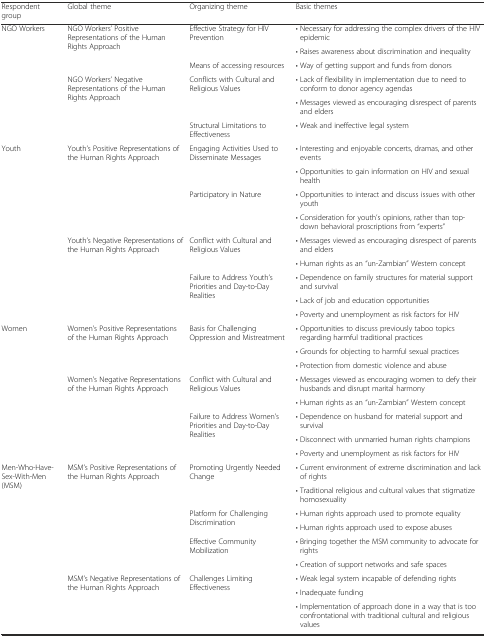
<table><thead><tr><td><b>Respondent group</b></td><td><b>Global theme</b></td><td><b>Organizing theme</b></td><td><b>Basic themes</b></td></tr></thead><tbody><tr><td rowspan="6">NGO Workers</td><td rowspan="3">NGO Workers’ Positive Representations of the Human Rights Approach</td><td rowspan="2">Effective Strategy for HIV Prevention</td><td>• Necessary for addressing the complex drivers of the HIV epidemic</td></tr><tr><td>• Raises awareness about discrimination and inequality</td></tr><tr><td>Means of accessing resources</td><td>• Way of getting support and funds from donors</td></tr><tr><td rowspan="3">NGO Workers’ Negative Representations of the Human Rights Approach</td><td rowspan="2">Conflicts with Cultural and Religious Values</td><td>• Lack of flexibility in implementation due to need to conform to donor agency agendas</td></tr><tr><td>• Messages viewed as encouraging disrespect of parents and elders</td></tr><tr><td>Structural Limitations to Effectiveness</td><td>• Weak and ineffective legal system</td></tr><tr><td rowspan="9">Youth</td><td rowspan="4">Youth’s Positive Representations of the Human Rights Approach</td><td rowspan="2">Engaging Activities Used to Disseminate Messages</td><td>• Interesting and enjoyable concerts, dramas, and other events</td></tr><tr><td>• Opportunities to gain information on HIV and sexual health</td></tr><tr><td rowspan="2">Participatory in Nature</td><td>• Opportunities to interact and discuss issues with other youth</td></tr><tr><td>• Consideration for youth’s opinions, rather than top-down behavioral proscriptions from “experts”</td></tr><tr><td rowspan="5">Youth’s Negative Representations of the Human Rights Approach</td><td rowspan="2">Conflict with Cultural and Religious Values</td><td>• Messages viewed as encouraging disrespect of parents and elders</td></tr><tr><td>• Human rights as an “un-Zambian” Western concept</td></tr><tr><td rowspan="3">Failure to Address Youth’s Priorities and Day-to-Day Realities</td><td>• Dependence on family structures for material support and survival</td></tr><tr><td>• Lack of job and education opportunities</td></tr><tr><td>• Poverty and unemployment as risk factors for HIV</td></tr><tr><td rowspan="8">Women</td><td rowspan="3">Women’s Positive Representations of the Human Rights Approach</td><td rowspan="3">Basis for Challenging Oppression and Mistreatment</td><td>• Opportunities to discuss previously taboo topics regarding harmful traditional practices</td></tr><tr><td>• Grounds for objecting to harmful sexual practices</td></tr><tr><td>• Protection from domestic violence and abuse</td></tr><tr><td rowspan="5">Women’s Negative Representations of the Human Rights Approach</td><td rowspan="2">Conflict with Cultural and Religious Values</td><td>• Messages viewed as encouraging women to defy their husbands and disrupt marital harmony</td></tr><tr><td>• Human rights as an “un-Zambian” Western concept</td></tr><tr><td rowspan="3">Failure to Address Women’s Priorities and Day-to-Day Realities</td><td>• Dependence on husband for material support and survival</td></tr><tr><td>• Disconnect with unmarried human rights champions</td></tr><tr><td>• Poverty and unemployment as risk factors for HIV</td></tr><tr><td rowspan="9">Men-Who-Have-Sex-With-Men (MSM)</td><td rowspan="6">MSM’s Positive Representations of the Human Rights Approach</td><td rowspan="2">Promoting Urgently Needed Change</td><td>• Current environment of extreme discrimination and lack of rights</td></tr><tr><td>• Traditional religious and cultural values that stigmatize homosexuality</td></tr><tr><td rowspan="2">Platform for Challenging Discrimination</td><td>• Human rights approach used to promote equality</td></tr><tr><td>• Human rights approach used to expose abuses</td></tr><tr><td rowspan="2">Effective Community Mobilization</td><td>• Bringing together the MSM community to advocate for rights</td></tr><tr><td>• Creation of support networks and safe spaces</td></tr><tr><td rowspan="3">MSM’s Negative Representations of the Human Rights Approach</td><td rowspan="3">Challenges Limiting Effectiveness</td><td>• Weak legal system incapable of defending rights</td></tr><tr><td>• Inadequate funding</td></tr><tr><td>• Implementation of approach done in a way that is too confrontational with traditional cultural and religious values</td></tr></tbody></table>